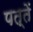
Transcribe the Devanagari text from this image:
पत्तें